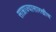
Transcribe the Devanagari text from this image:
साम्राज्यासारखीच